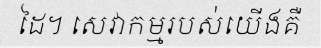
ដៃ។ សេវាកម្មរបស់យើងគឺ